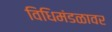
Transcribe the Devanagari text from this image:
विधिमंडळावर